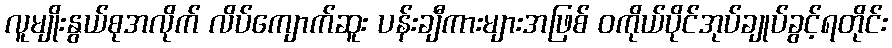
လူမျိုးနွယ်စုအလိုက် လိပ်ကျောက်ဆူး ပန်းချီကားများအဖြစ် ဝကိုယ်ပိုင်အုပ်ချုပ်ခွင့်ရတိုင်း